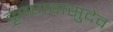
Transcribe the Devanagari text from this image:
कृष्णवासुदेव